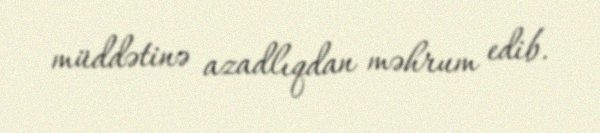
müddətinə azadlıqdan məhrum edib.